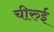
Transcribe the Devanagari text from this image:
चीरुई